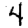
Digit: 4